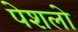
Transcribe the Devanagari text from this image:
पेशलो